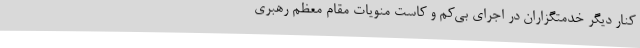
کنار دیگر خدمتگزاران در اجرای بی‌کم و کاست منویات مقام معظم رهبری